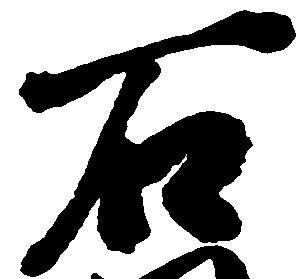
石